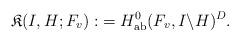
LaTeX: \begin{align*} \mathfrak{K}(I,H;F_v):&=H^0_{\mathrm{ab}}(F_v,I \backslash H)^D.\end{align*}